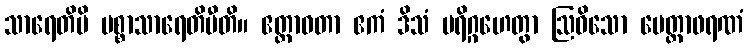
သာရေတိပိ ပစ္စာသာရေတိပီတိ။ ဧတ္တာဝတာ ဧကံ ဒိသံ ပရိဂ္ဂဟေတွာ ဩဓိသော မေတ္တာဖရဏံ